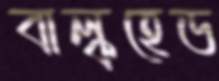
বাল্কহেড